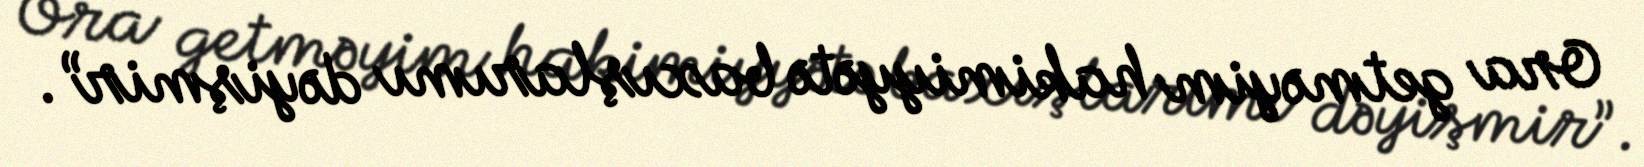
Ora getməyim hakimiyyətə baxışlarımı dəyişmir”.